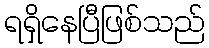
ရရှိနေပြီဖြစ်သည်